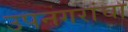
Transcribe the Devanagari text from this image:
उपनगरांचा